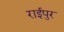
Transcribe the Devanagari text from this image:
राईपुर